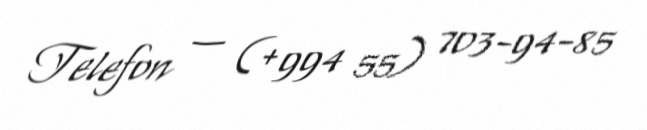
Telefon — (+994 55) 703-94-85